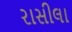
રાસીલા